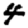
Digit: 4